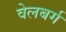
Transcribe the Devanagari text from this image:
वेलबर्ग